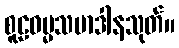
စူဠဓမ္မသမာဒါနသုတ်။